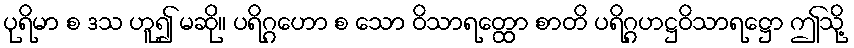
ပုရိမာ စ ဒသ ဟူ၍ မဆို။ ပရိဂ္ဂဟော စ သော ဝိသာရတ္ထော စာတိ ပရိဂ္ဂဟဋ္ဌဝိသာရဋ္ဌော ဤသို့